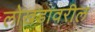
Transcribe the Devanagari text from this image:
लोखंडावरील